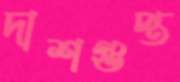
দাশগুপ্ত